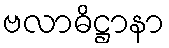
ဗလာဓိဋ္ဌာနာ